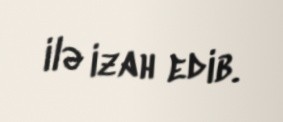
ilə izah edib.